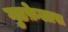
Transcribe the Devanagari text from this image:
गुडफ़ेलास